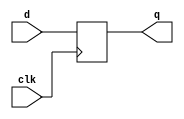
module dff (q,clk,d);
output reg q = 0;
input clk, d;

always @(posedge clk)
 q <= d;
endmodule

module tff (q,clk,t);
output reg q = 0;
input clk, t;
always @(posedge clk)
if (t) q <= ~q;
endmodule

module jkff (q,clk,j,k);
output reg q = 0;
input clk, j, k;
always @(posedge clk)
if (j && k) q <= ~q;
else if (j) q <= 1'b1;
else if (k) q <= 1'b0;
endmodule

module rsff (q,clk,r,s);
output reg q = 0;
input clk, r, s;
always @(posedge clk)
if (r && s) q <= 1'bx;
else if (s) q <= 1'b1;
else if (r) q <= 1'b0;
endmodule

module bin_counter (clock,q);
parameter Realization = "d-type";
localparam digits = 3;
input clock; output [digits-1:0] q;
genvar i;
generate
if (Realization == "rs-type") begin
reg [digits-1:0] r, s;
always @*
case (q)
'b000 : {r,s} = 'b??0001;
'b001 : {r,s} = 'b?01010;
'b010 : {r,s} = 'b?000?1;
'b011 : {r,s} = 'b011100;
'b100 : {r,s} = 'b000??1;
'b101 : {r,s} = 'b001?10;
'b110 : {r,s} = 'b0?0?01;
'b111 : {r,s} = 'b111000;
endcase
for (i = 0; i < digits; i = i + 1)
rsff rsffi (q[i],clock,r[i],s[i]);
end
else if (Realization == "jk-type")
begin
reg [digits-1:0] k, j;
always @*
case (q)
'b000 : {j,k} = 'b001???;
'b001 : {j,k} = 'b01???1;
'b010 : {j,k} = 'b0?1?0?;
'b011 : {j,k} = 'b1???11;
'b100 : {j,k} = 'b?010??;
'b101 : {j,k} = 'b?1?0?1;
'b110 : {j,k} = 'b??100?;
'b111 : {j,k} = 'b???111;
endcase
for (i = 0; i < digits; i = i + 1)
jkff jkffi (q[i],clock,j[i],k[i]);
end
else if (Realization == "d-type") begin
reg [digits-1:0] d;
always @*
case (q)
'b000 : d = 'b001;
'b001 : d = 'b010;
'b010 : d = 'b011;
'b011 : d = 'b100;
'b100 : d = 'b101;
'b101 : d = 'b110;
'b110 : d = 'b111;
'b111 : d = 'b000;
endcase
for (i = 0; i < digits; i = i + 1)
dff dffi (q[i],clock,d[i]);
end
else begin
reg [digits-1:0] t;
always @*
case (q)
'b000 : t = 'b001;
'b001 : t = 'b011;
'b010 : t = 'b001;
'b011 : t = 'b111;
'b100 : t = 'b001;
'b101 : t = 'b011;
'b110 : t = 'b001;
'b111 : t = 'b111;
endcase
for (i = 0; i < digits; i = i + 1)
tff tffi (q[i],clock,t[i]);
end
endgenerate
endmodule

`timescale 1ns/1ns
module bin_counter_tb ();
reg clock = 0;
wire [2:0] b [0:3];

bin_counter
#("rs-type") bc0 (clock,b[0]);

bin_counter
#("jk-type") bc1 (clock,b[1]);

bin_counter
#("d-type") bc2 (clock,b[2]);

bin_counter
#("t-type") bc3 (clock,b[3]);

initial
repeat (30) #5 clock = ~clock;
endmodule